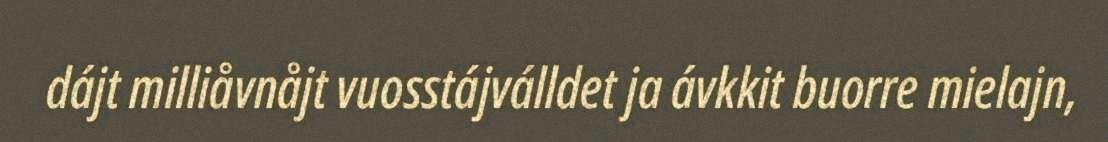
dájt milliåvnåjt vuosstájválldet ja ávkkit buorre mielajn,